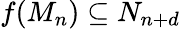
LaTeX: f(M_{n})\subseteq N_{n+d}